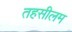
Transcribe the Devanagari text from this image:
तहसीलम